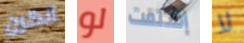
انظرن لو إشتقت لا